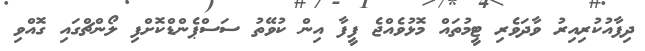
ދިފާއުކުރިއިރު ވާދަވެރި ޓީމުތައް މޮޅުވެއްޖެ ފީފާ އިން ކުވޭތު ސަސްޕެންޑްކޮށްފި ލޯންޗްގައި ގޮއްވި